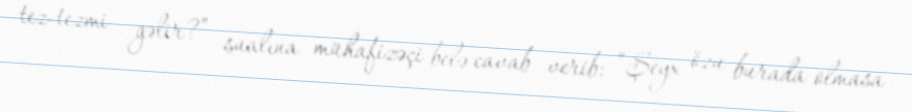
tez-tezmi gəlir?” sualına mühafizəçi belə cavab verib: “Şeyx özu burada olmasa